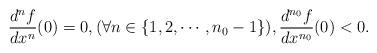
LaTeX: \begin{align*}\frac{d^n f}{d x^n}(0)=0,(\forall n\in \{1,2,\cdots,n_0-1\}),\frac{d^{n_0} f}{d x^{n_0}}(0)<0.\end{align*}